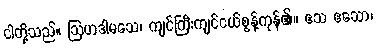
ငါတို့သည်။ ဩဟဒါမသေ၊ ကျင်ကြီးကျင်ငယ်စွန့်ကုန်၏။ ဧသ ဧသော၊